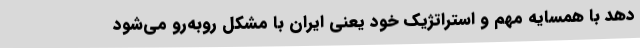
دهد با همسایه مهم و استراتژیک خود یعنی ایران با مشکل روبه‌رو می‌شود